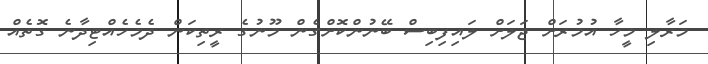
މަރާލި މީހާ އުމުރަށް ޖަލަށް ލައިފިބިސް ބޭނުންކޮށްގެން މޫނުގެ ރީތިކަން ދެމެހެއްޓިދާނެ ގޮތެއް